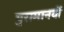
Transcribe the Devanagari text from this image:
पुरामानवों